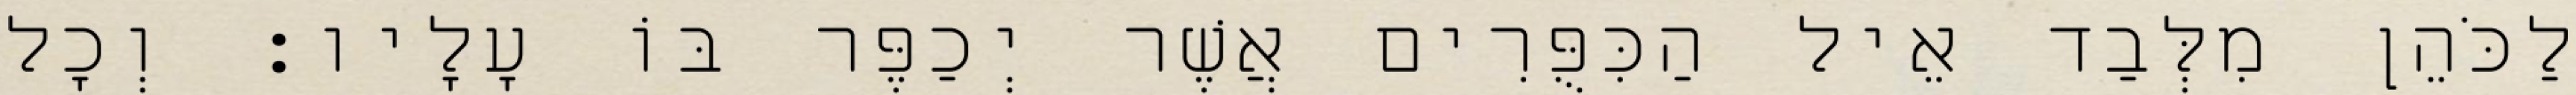
לַכֹּהֵן מִלְּבַד אֵיל הַכִּפֻּרִים אֲשֶׁר יְכַפֶּר בּוֹ עָלָיו׃ וְכָל